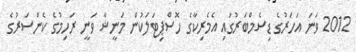
2012 ވަނަ އަހަރުގެ ޑިސެމްބަރުގައި އެމެރިކާގެ ހޮސްޕިޓަލަކުން މަނީޝާ ވަނީ ރަހިމުގެ ކެންސަރުގެ